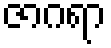
ဇာဂရာ